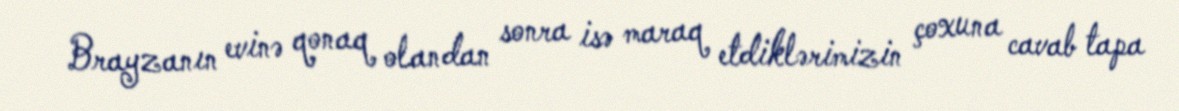
Brayzanın evinə qonaq olandan sonra isə maraq etdiklərimizin çoxuna cavab tapa